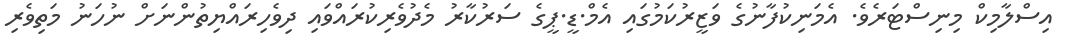
އިސްލާމިކް މިނިސްޓަރެވެ. އެމަނިކުފާނުގެ ވަޒީރުކަމުގައި އެމް.ޑީ.ޕީގެ ސަރުކާރު މެދުވެރިކުރައްވައި ދިވެހިރައްޔިތުންނަށް ނުހަނު މަތިވެރި